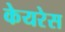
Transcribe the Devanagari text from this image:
केयरेस